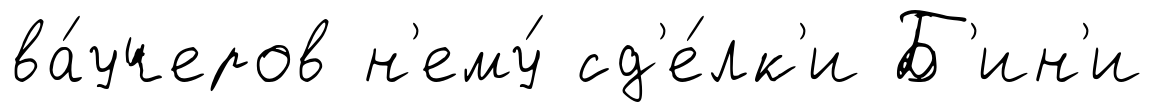
ва́учеров н'ему́ сд'е́лк'и Б'ин'и